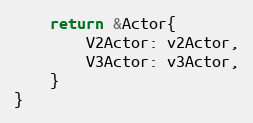
Language: Go
	return &Actor{
		V2Actor: v2Actor,
		V3Actor: v3Actor,
	}
}